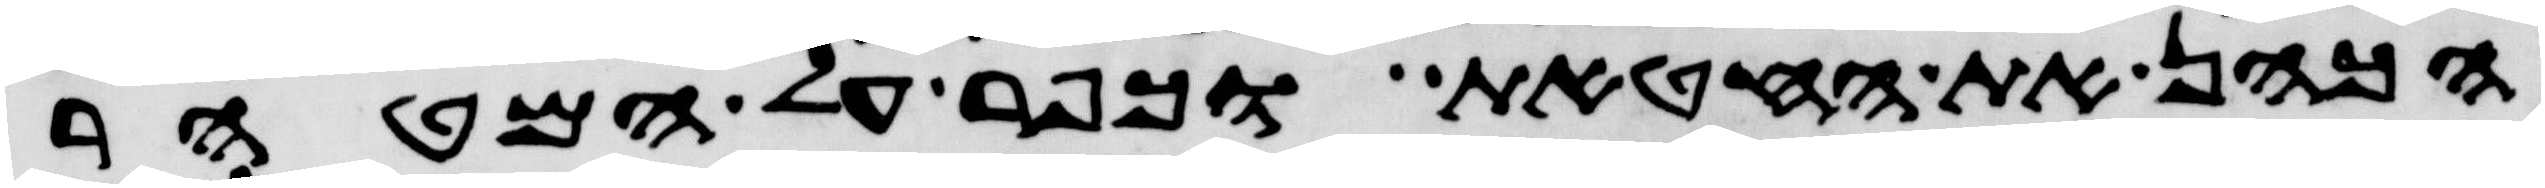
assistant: הכהן את החטאת וכפר על המטהר